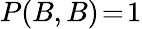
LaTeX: P(B,B)\! =\! 1